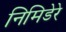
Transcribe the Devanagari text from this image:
निमिडेरे